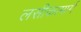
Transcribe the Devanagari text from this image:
लसीकामार्ग